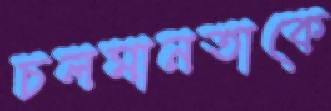
চলমানতাকে